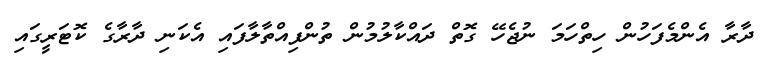
ދާރާ އެންމެފަހުން ހިތްހަމަ ނުޖެހޭ ގޮތް ދައްކާލުމުން ތުންފިއްތާލާފައި އެކަނި ދާރާގެ ކޮޓަރީގައި